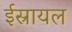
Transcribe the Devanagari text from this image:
ईस्रायल